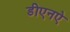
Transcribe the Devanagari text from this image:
डीएनऐ